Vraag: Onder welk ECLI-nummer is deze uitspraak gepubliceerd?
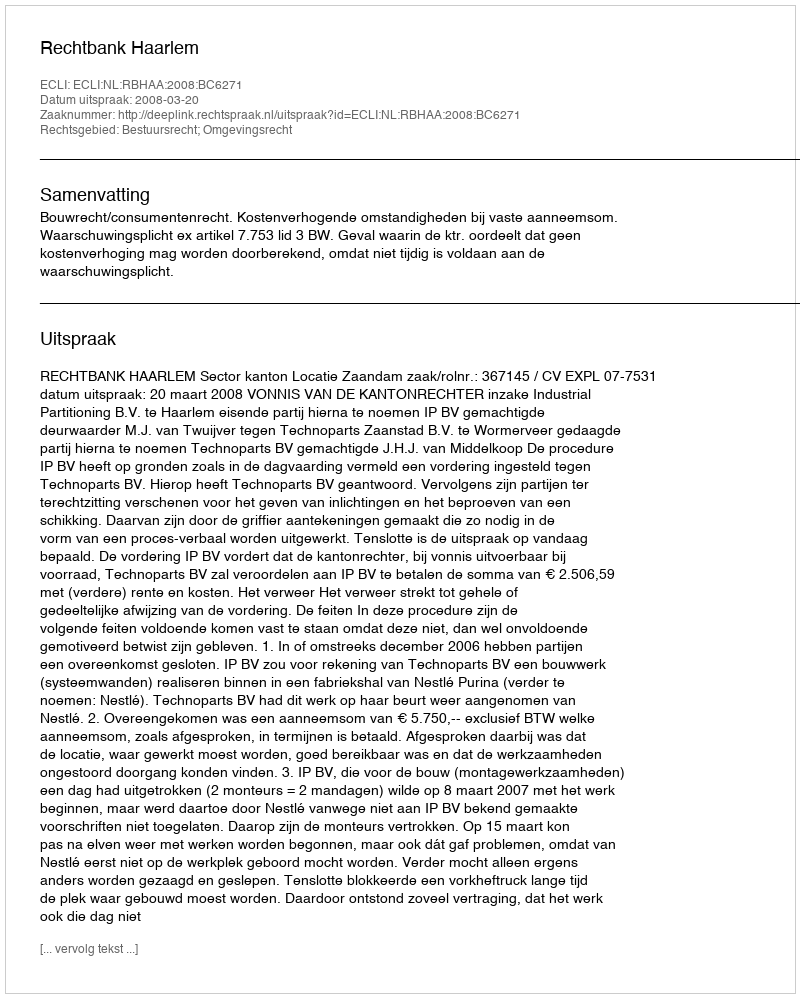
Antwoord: ECLI:NL:RBHAA:2008:BC6271